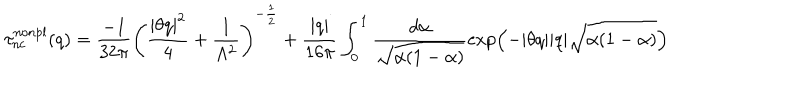
\tau _ { \mathrm { n c } } ^ { \mathrm { n o n p l } } ( q ) = \frac { - 1 } { 3 2 \pi } \left( \frac { | \theta q | ^ { 2 } } { 4 } + \frac { 1 } { \Lambda ^ { 2 } } \right) ^ { - \frac 1 2 } + \frac { | q | } { 1 6 \pi } \int _ { 0 } ^ { 1 } \frac { d \alpha } { \sqrt { \alpha ( 1 - \alpha ) } } \exp \left( - | \theta q | | q | \sqrt { \alpha ( 1 - \alpha ) } \right)